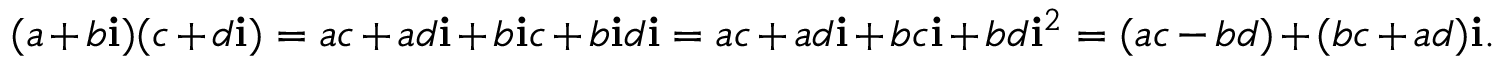
( a + b \mathbf { i } ) ( c + d \mathbf { i } ) = a c + a d \mathbf { i } + b \mathbf { i } c + b \mathbf { i } d \mathbf { i } = a c + a d \mathbf { i } + b c \mathbf { i } + b d \mathbf { i } ^ { 2 } = ( a c - b d ) + ( b c + a d ) \mathbf { i } .